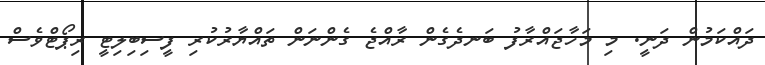
ދައްކަމުން ދަނީ. މި މަހާޖައްރާފު ބަނދެގެން ރާއްޖެ ގެންނަން ތައްޔާރުކުރި ފީސިބިލިޓީ ރިޕޯޓްވެސް